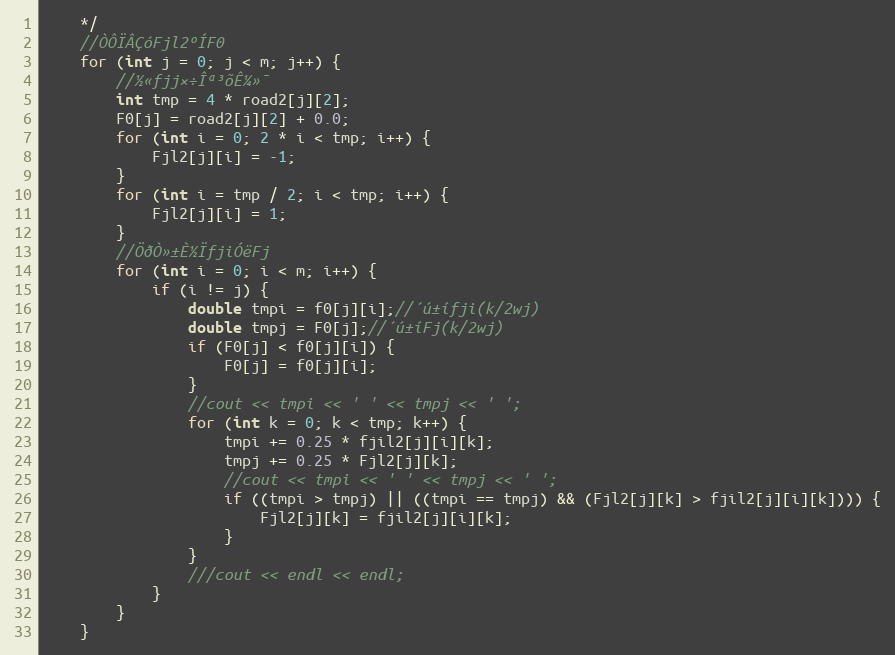
Language: C++
	*/
	//ÒÔÏÂÇóFjl2ºÍF0
	for (int j = 0; j < m; j++) {
		//½«fjj×÷Îª³õÊ¼»¯
		int tmp = 4 * road2[j][2];
		F0[j] = road2[j][2] + 0.0;
		for (int i = 0; 2 * i < tmp; i++) {
			Fjl2[j][i] = -1;
		}
		for (int i = tmp / 2; i < tmp; i++) {
			Fjl2[j][i] = 1;
		}
		//ÖðÒ»±È½ÏfjiÓëFj
		for (int i = 0; i < m; i++) {
			if (i != j) {
				double tmpi = f0[j][i];//´ú±ífji(k/2wj)
				double tmpj = F0[j];//´ú±íFj(k/2wj)
				if (F0[j] < f0[j][i]) {
					F0[j] = f0[j][i];
				}
				//cout << tmpi << ' ' << tmpj << ' ';
				for (int k = 0; k < tmp; k++) {
					tmpi += 0.25 * fjil2[j][i][k];
					tmpj += 0.25 * Fjl2[j][k];
					//cout << tmpi << ' ' << tmpj << ' ';
					if ((tmpi > tmpj) || ((tmpi == tmpj) && (Fjl2[j][k] > fjil2[j][i][k]))) {
						Fjl2[j][k] = fjil2[j][i][k];
					}
				}
				///cout << endl << endl;
			}
		}
	}